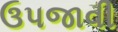
ઉપજાવી